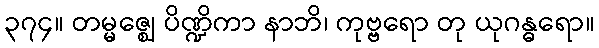
၃၇၄။ တမ္မဇ္ဈေ ပိဏ္ဍိကာ နာဘိ၊ ကုဗ္ဗရော တု ယုဂန္ဓရော။